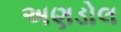
અણડોલ